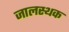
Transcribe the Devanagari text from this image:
जालस्थक